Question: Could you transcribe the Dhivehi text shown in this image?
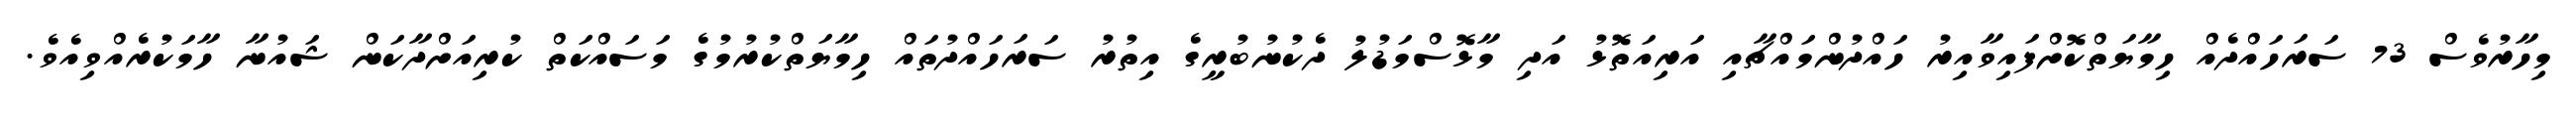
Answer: މިހާރުވެސް 73 ސަރަހައްދެއް ހިމާޔަތްކޮށްފައިވާއިރު ހައްދުންމައްޗާއި އަރިއަތޮޅު އަދި މާޅޮސްމަޑުލު ދެކުނުބުރީގެ އިތުރު ސަރަހައްދުތައް ހިމާޔަތްކުރުމުގެ މަސައްކަތް ކުރިއަށްދާކަން ޝައުނާ ހާމަކުރެއްވިއެވެ.